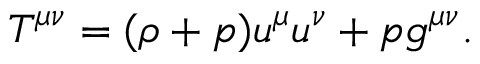
T ^ { \mu \nu } = ( \rho + p ) u ^ { \mu } u ^ { \nu } + p g ^ { \mu \nu } .